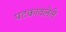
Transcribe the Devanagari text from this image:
पटकावलेले